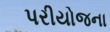
પરીયોજના